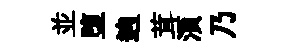
並堕逈茸湏乃